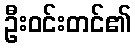
ဦးဝင်းတင်၏